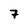
Character: 7